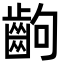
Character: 齣